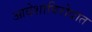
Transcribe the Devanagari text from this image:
आदेशाविरोधात